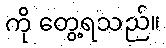
ကို တွေ့ရသည်။